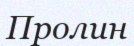
Пролин